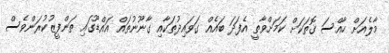
މާލެއަށް ހާއްސަ ގޮތަކަށް ކަމަށްވާތީ އެފަދަ ބައެއް ގަވައިދުތަކާއި ގާނޫނުތައް އައްޑޫގައި ތަންފީޒުކުރަންވެސް